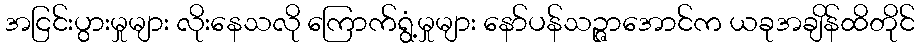
အငြင်းပွားမှုများ လိုးနေသလို ကြောက်ရွံ့မှုများ နော်ပန်သဉ္ဇာအောင်က ယခုအချိန်ထိတိုင်